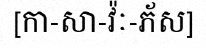
[កា-សា-វ៉ៈ-ភ័ស]